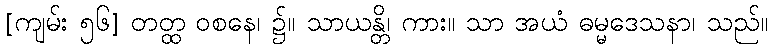
[ကျမ်း ၅၆] တတ္ထ ဝစနေ၊ ၌။ သာယန္တိ၊ ကား။ သာ အယံ ဓမ္မဒေသနာ၊ သည်။